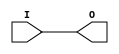
module IBUF_HSTL_II (O, I);

    output O;

    input  I;

	buf B1 (O, I);


endmodule